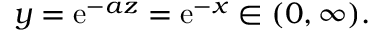
y = \mathrm { e } ^ { - a z } = \mathrm { e } ^ { - x } \in ( 0 , \infty ) .